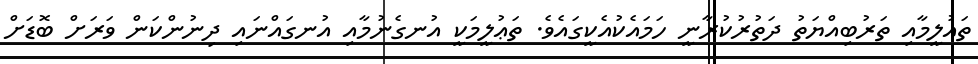
ތައުލީމާއި ތަރުބިއްޔަތު ދަތުރުކުރާނީ ހަމައެކުއެކީގައެވެ. ތަޢުލީމަކީ އުނގެނުމާއި އުނގައްނައި ދިނުންކަން ވަރަށް ބޮޑަށް